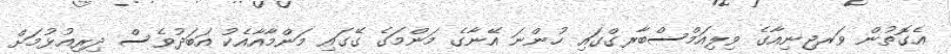
އެގޮތުން ވަރޖިނިއާގެ ވިލިއަމްސްބާރގްގައި ހުންނަ އޭނާގެ މަންމަގެ ގޭގައި މަންމާއާއެކު އަބަދުވެސް ދިރިއުޅުމަށް